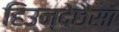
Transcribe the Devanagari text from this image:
हिउन्देछैसा